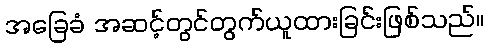
အခြေခံ အဆင့်တွင်တွက်ယူထားခြင်းဖြစ်သည်။